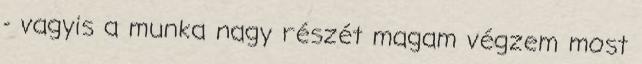
- vagyis a munka nagy részét magam végzem most